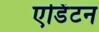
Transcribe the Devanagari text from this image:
एडिंटन